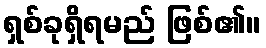
ရှစ်ခုရှိရမည် ဖြစ်၏။